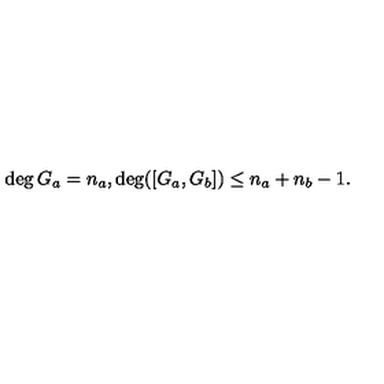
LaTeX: \deg G _ { a } = n _ { a } , \deg ( [ G _ { a } , G _ { b } ] ) \leq n _ { a } + n _ { b } - 1 .